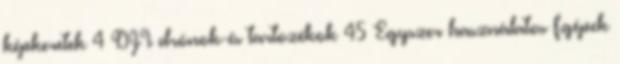
képkeretek 4 DJI drónok-és tartozékok 45 Egyszer használatos f.gépek